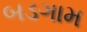
બડગામ